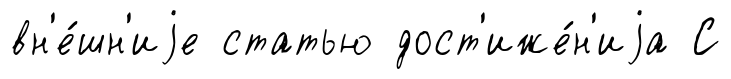
вн'е́шн'иjе статью дост'иже́н'иjа С